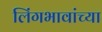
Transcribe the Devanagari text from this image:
लिंगभावांच्या